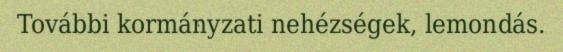
További kormányzati nehézségek, lemondás.